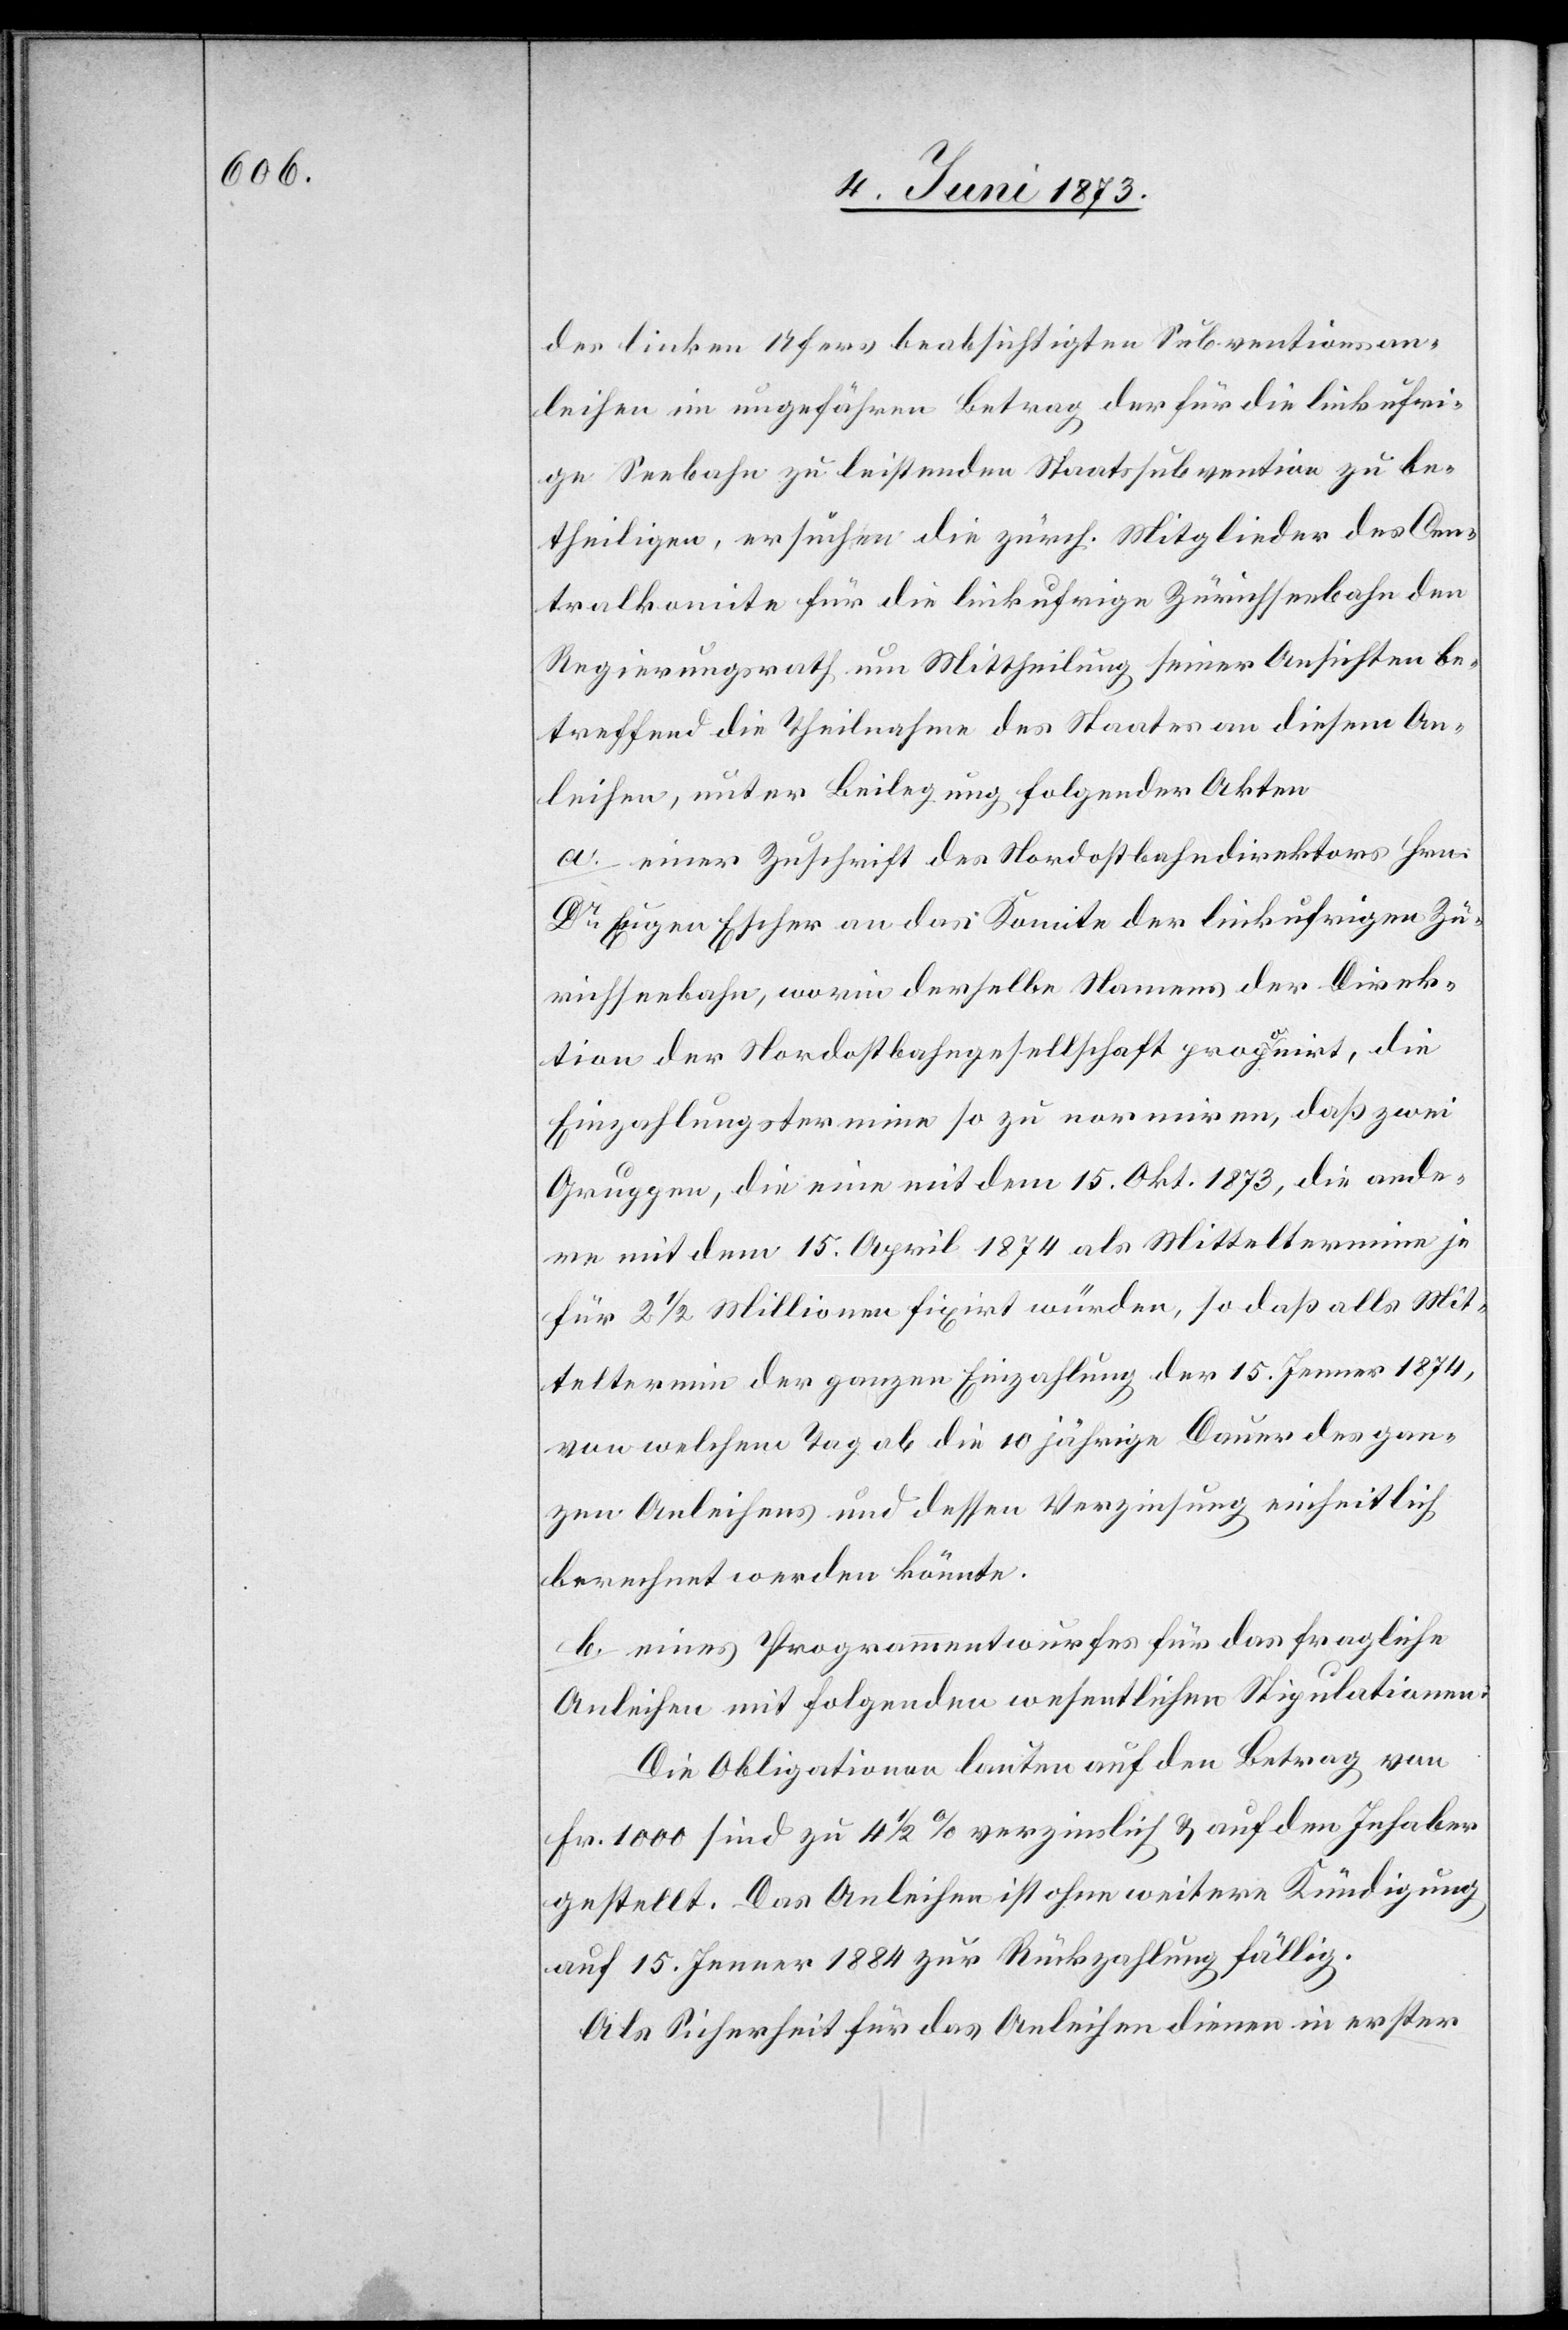
des linken Ufers beabsichtigten Subventionsan¬
leihen im ungefähren Betrag der für die linkufrige
Seebahn zu leistenden Staatssubvention zu be¬
theiligen, ersuchen die zürch. Mitglieder des Cen¬
tralkomite für die linkufrige Zürichseebahn den
Regierungsrath um Mittheilung seiner Ansichten be¬
treffend die Theilnahme des Staates an diesem An¬
liehen, unter Beilegung folgender Akten
a. einer Zuschrift des Nordostbahndirektors Hrn.
Dr Eugen Escher an das Komitee der linkufrigen Zü¬
richseebahn, worin derselbe Namens der Direk¬
tion der Nordostbahngesellschaft proponirt, die
Einzahlungstermine so zu normiren, daß zwei
Gruppen, die eine mit dem 15. Okt. 1873, die ande¬
re mit dem 15. April 1874 als Mitteltermine je
für 2 1/2 Millionen fixirt würden, so daß alls
Mitteltermin der ganzen Einzahlung der 15. Jenner 1874,
von welchem Tag ab die 10jährige Dauer des gan¬
zen Anleihens und dessen Verzinsung einheitlich
berechnet werden könnte.
b. eines Programmentwurfes für das fragliche
Anleihen mit folgenden wesentlichen Stipulationen:
Die Obligationen lauten auf den Betrag von
Fr. 1 000[,] sind zu 4 1/2% verzinslich & auf den Inhaber
gestellt. Das Anleihen ist ohne weitere Kündigung
auf 15. Jenner 1884 zur Rückzahlung fällig.
Als Sicherheit für das Anleihen dienen in erster